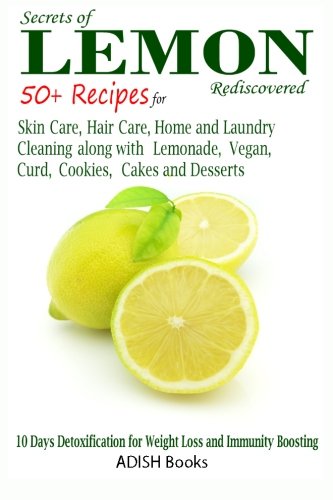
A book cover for Secrets of Lemon Rediscovered: 50 Plus Recipes for Skin Care, Hair Care, Home Cleaning and Cooking; Pamesh Y; Health, Fitness & Dieting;